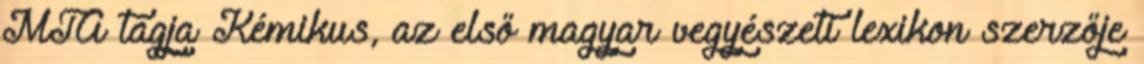
MTA tagja Kémikus, az első magyar vegyészeti lexikon szerzője